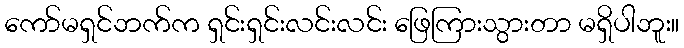
ကော်မရှင်ဘက်က ရှင်းရှင်းလင်းလင်း ဖြေကြားသွားတာ မရှိပါဘူး။